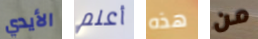
الأيدي أعلم هذه من